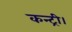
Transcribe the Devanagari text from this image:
कन्ट्री।